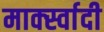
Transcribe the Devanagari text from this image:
मार्क्स्वादी